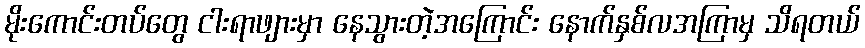
မိုးကောင်းတပ်တွေ ငါးရာဖျားမှာ နေသွားတဲ့အကြောင်း နောက်နှစ်လအကြာမှ သိရတယ်